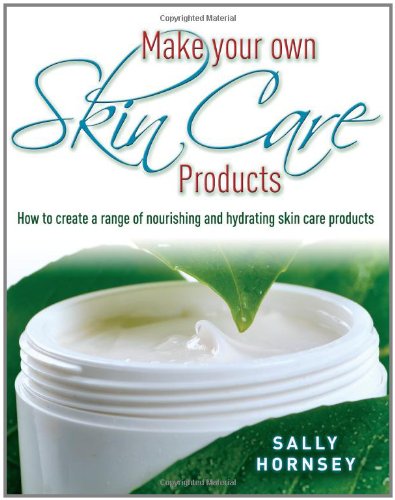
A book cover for Make Your Own Skin Care Products: How to Create a Range of Nourishing and Hydrating Skin Care Products; Sally Hornsey; Health, Fitness & Dieting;